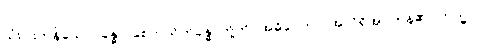
သုံးပါးကုန်သော။ ခန္ဓာ၊ စေတသိက်ခန္ဓာတို့ကို။ အဓိပ္ပေတာ၊ အလိုရှိအပ်ကုန်၏။ တသ္မာ၊